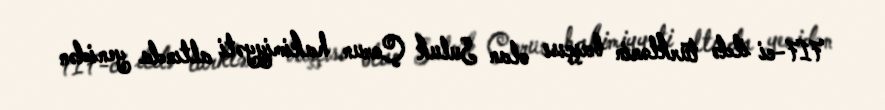
717-ci ildə türklərin başçısı olan Suluk Çorun hakimiyyəti altında yenidən